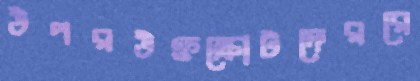
উপরউক্তক্রোটদেররে